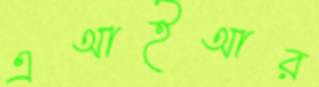
এআইআর